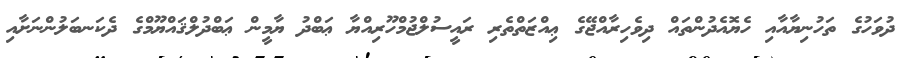
ދުވަހުގެ ތަހުނިޔާއާއި ހެޔޮއެދުންތައް ދިވެހިރާއްޖޭގެ ޢިއްޒަތްތެރި ރައީސުލްޖުމްހޫރިއްޔާ ޢަބްދު ޔާމީން ޢަބްދުލްޤައްޔޫމްގެ ދެކަނބަލުންނަށާއި